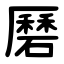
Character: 磿